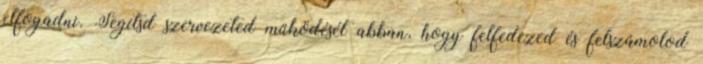
elfogadni. Segítsd szervezeted működését abban, hogy felfedezed és felszámolod